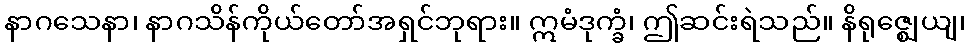
နာဂသေနာ၊ နာဂသိန်ကိုယ်တော်အရှင်ဘုရား။ ဣမံဒုက္ခံ၊ ဤဆင်းရဲသည်။ နိရုဇ္ဈေယျ၊